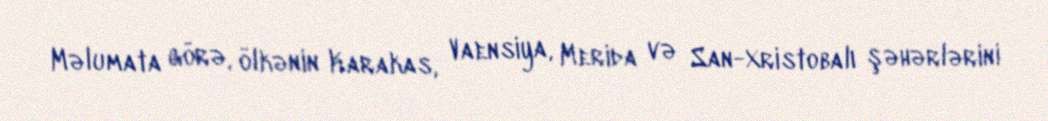
Məlumata görə, ölkənin Karakas, Vaensiya, Merida və San-Xristobalı şəhərlərini